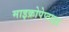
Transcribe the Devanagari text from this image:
माइक्रोपेप्टाइड